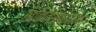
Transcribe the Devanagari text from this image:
चिकित्सापद्धतीवर